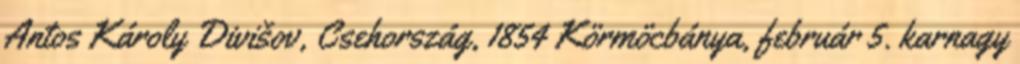
Antos Károly Divišov, Csehország, 1854 Körmöcbánya, február 5. karnagy